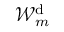
\mathcal { W } _ { m } ^ { \mathrm { d } }